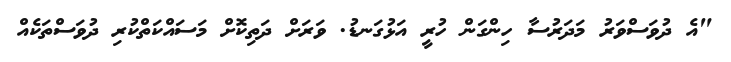
"އެ ދުވަސްވަރު މަދަރުސާ ހިންގަން ހުރީ އަޅުގަނޑު. ވަރަށް ދަތިކޮށް މަސައްކަތްކުރި ދުވަސްތަކެއް